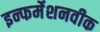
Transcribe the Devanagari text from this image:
इन्फर्मेशनवीक